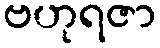
ဗဟုရဇာ